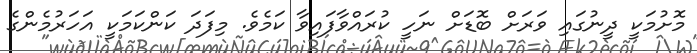
މޮށުމަކީ ދީނުގައި ވަރަށް ބޮޑަށް ނަހީ ކުރައްވާފައިވާ ކަމެވެ. މިފަދަ ކަންކަމަކީ އަހަރުމެންގެ